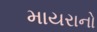
માયરાનો